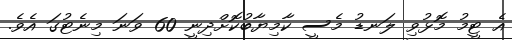
އެ ޓީމު މޮޅުވި ލަނޑު މެސީ ކާމިޔާބުކޮށްދިނީ 60 ވަނަ މިނެޓުގަ އެވެ.